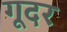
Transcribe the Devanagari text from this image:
गूदर